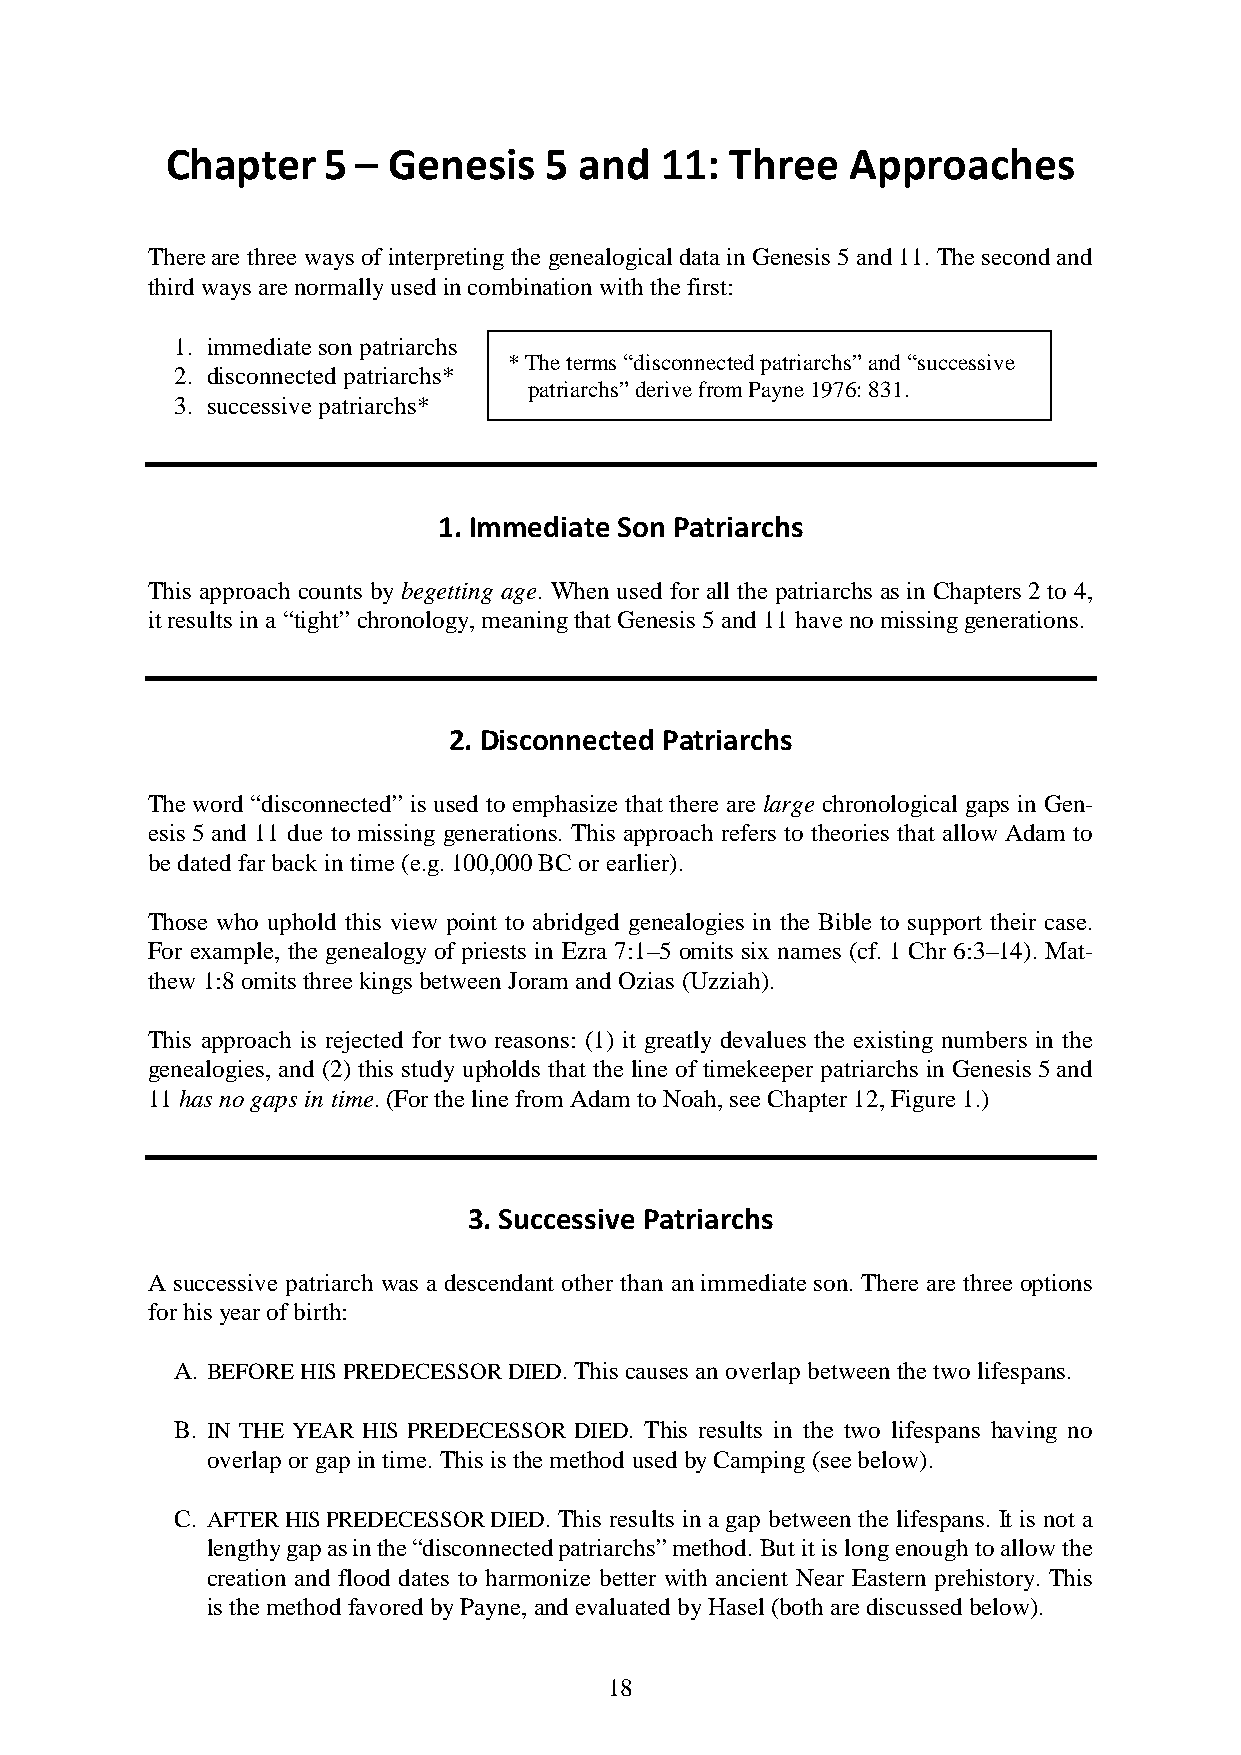
Chapter   5 –  Genesis   5 and   11: Three   Approaches
 There are three ways of interpreting the genealogical data in Genesis 5 and 11. The second and
 third ways are normally used in combination with the first:
 1. immediate son patriarchs
 * The terms “disconnected patriarchs” and “successive
 2. disconnected patriarchs*
 patriarchs” derive from Payne 1976: 831.
 3. successive patriarchs*
 1. Immediate Son Patriarchs
 This approach counts by begetting age. When used for all the patriarchs as in Chapters 2 to 4,
 it results in a “tight” chronology, meaning that Genesis 5 and 11 have no missing generations.
 2. Disconnected Patriarchs
 The word “disconnected” is used to emphasize that there are large chronological gaps in Gen-
 esis 5 and 11 due to missing generations. This approach refers to theories that allow Adam to
 be dated far back in time (e.g. 100,000 BC or earlier).
 Those who uphold this view point to abridged genealogies in the Bible to support their case.
 For example, the genealogy of priests in Ezra 7:1–5 omits six names (cf. 1 Chr 6:3–14). Mat-
 thew 1:8 omits three kings between Joram and Ozias (Uzziah).
 This approach is rejected for two reasons: (1) it greatly devalues the existing numbers in the
 genealogies, and (2) this study upholds that the line of timekeeper patriarchs in Genesis 5 and
 11 has no gaps in time. (For the line from Adam to Noah, see Chapter 12, Figure 1.)
 3. Successive Patriarchs
 A successive patriarch was a descendant other than an immediate son. There are three options
 for his year of birth:
 A. BEFORE HIS PREDECESSOR DIED. This causes an overlap between the two lifespans.
 B. IN THE YEAR HIS PREDECESSOR DIED. This results in the two lifespans having no
 overlap or gap in time. This is the method used by Camping (see below).
 C. AFTER HIS PREDECESSOR DIED. This results in a gap between the lifespans. It is not a
 lengthy gap as in the “disconnected patriarchs” method. But it is long enough to allow the
 creation and flood dates to harmonize better with ancient Near Eastern prehistory. This
 is the method favored by Payne, and evaluated by Hasel (both are discussed below).
 18